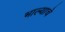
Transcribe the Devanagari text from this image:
भाल्याचे